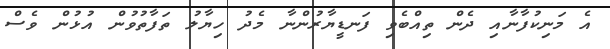
އެ މަނިކުފާނާއި ދެން ތިއްބެވި ފަނޑީޔާރުންނާ މެދު ހިޔާލު ތަފާތުވުން އުޅުން ވެސް